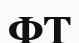
ФТ